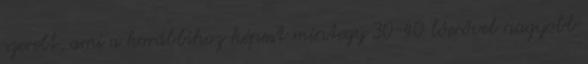
szerelt, ami a korábbihoz képest mintegy 30-40 lóerővel nagyobb